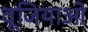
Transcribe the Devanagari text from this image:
वूजियाओ